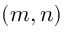
( m , n )